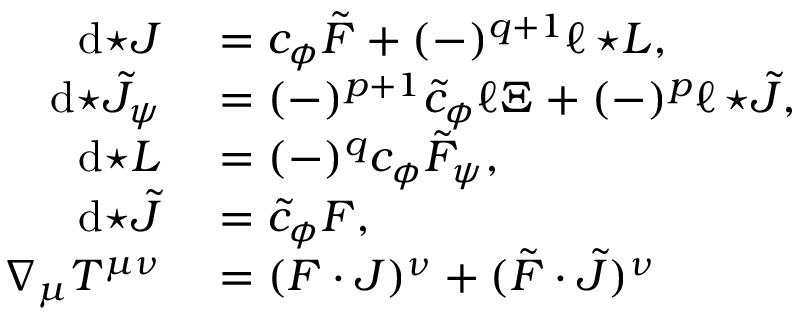
\begin{array} { r l } { \mathrm { d } { \star J } } & { { } = c _ { \phi } \tilde { F } + ( - ) ^ { q + 1 } \ell \, { \star L } , } \\ { \mathrm { d } { \star \tilde { J } _ { \psi } } } & { { } = ( - ) ^ { p + 1 } \tilde { c } _ { \phi } \ell \Xi + ( - ) ^ { p } \ell \, { \star \tilde { J } } , } \\ { \mathrm { d } { \star L } } & { { } = ( - ) ^ { q } c _ { \phi } \tilde { F } _ { \psi } , } \\ { \mathrm { d } { \star \tilde { J } } } & { { } = \tilde { c } _ { \phi } F , } \\ { \nabla _ { \mu } T ^ { \mu \nu } } & { { } = ( F \cdot J ) ^ { \nu } + ( \tilde { F } \cdot \tilde { J } ) ^ { \nu } } \end{array}